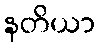
နတိယာ